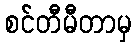
စင်တီမီတာမှ